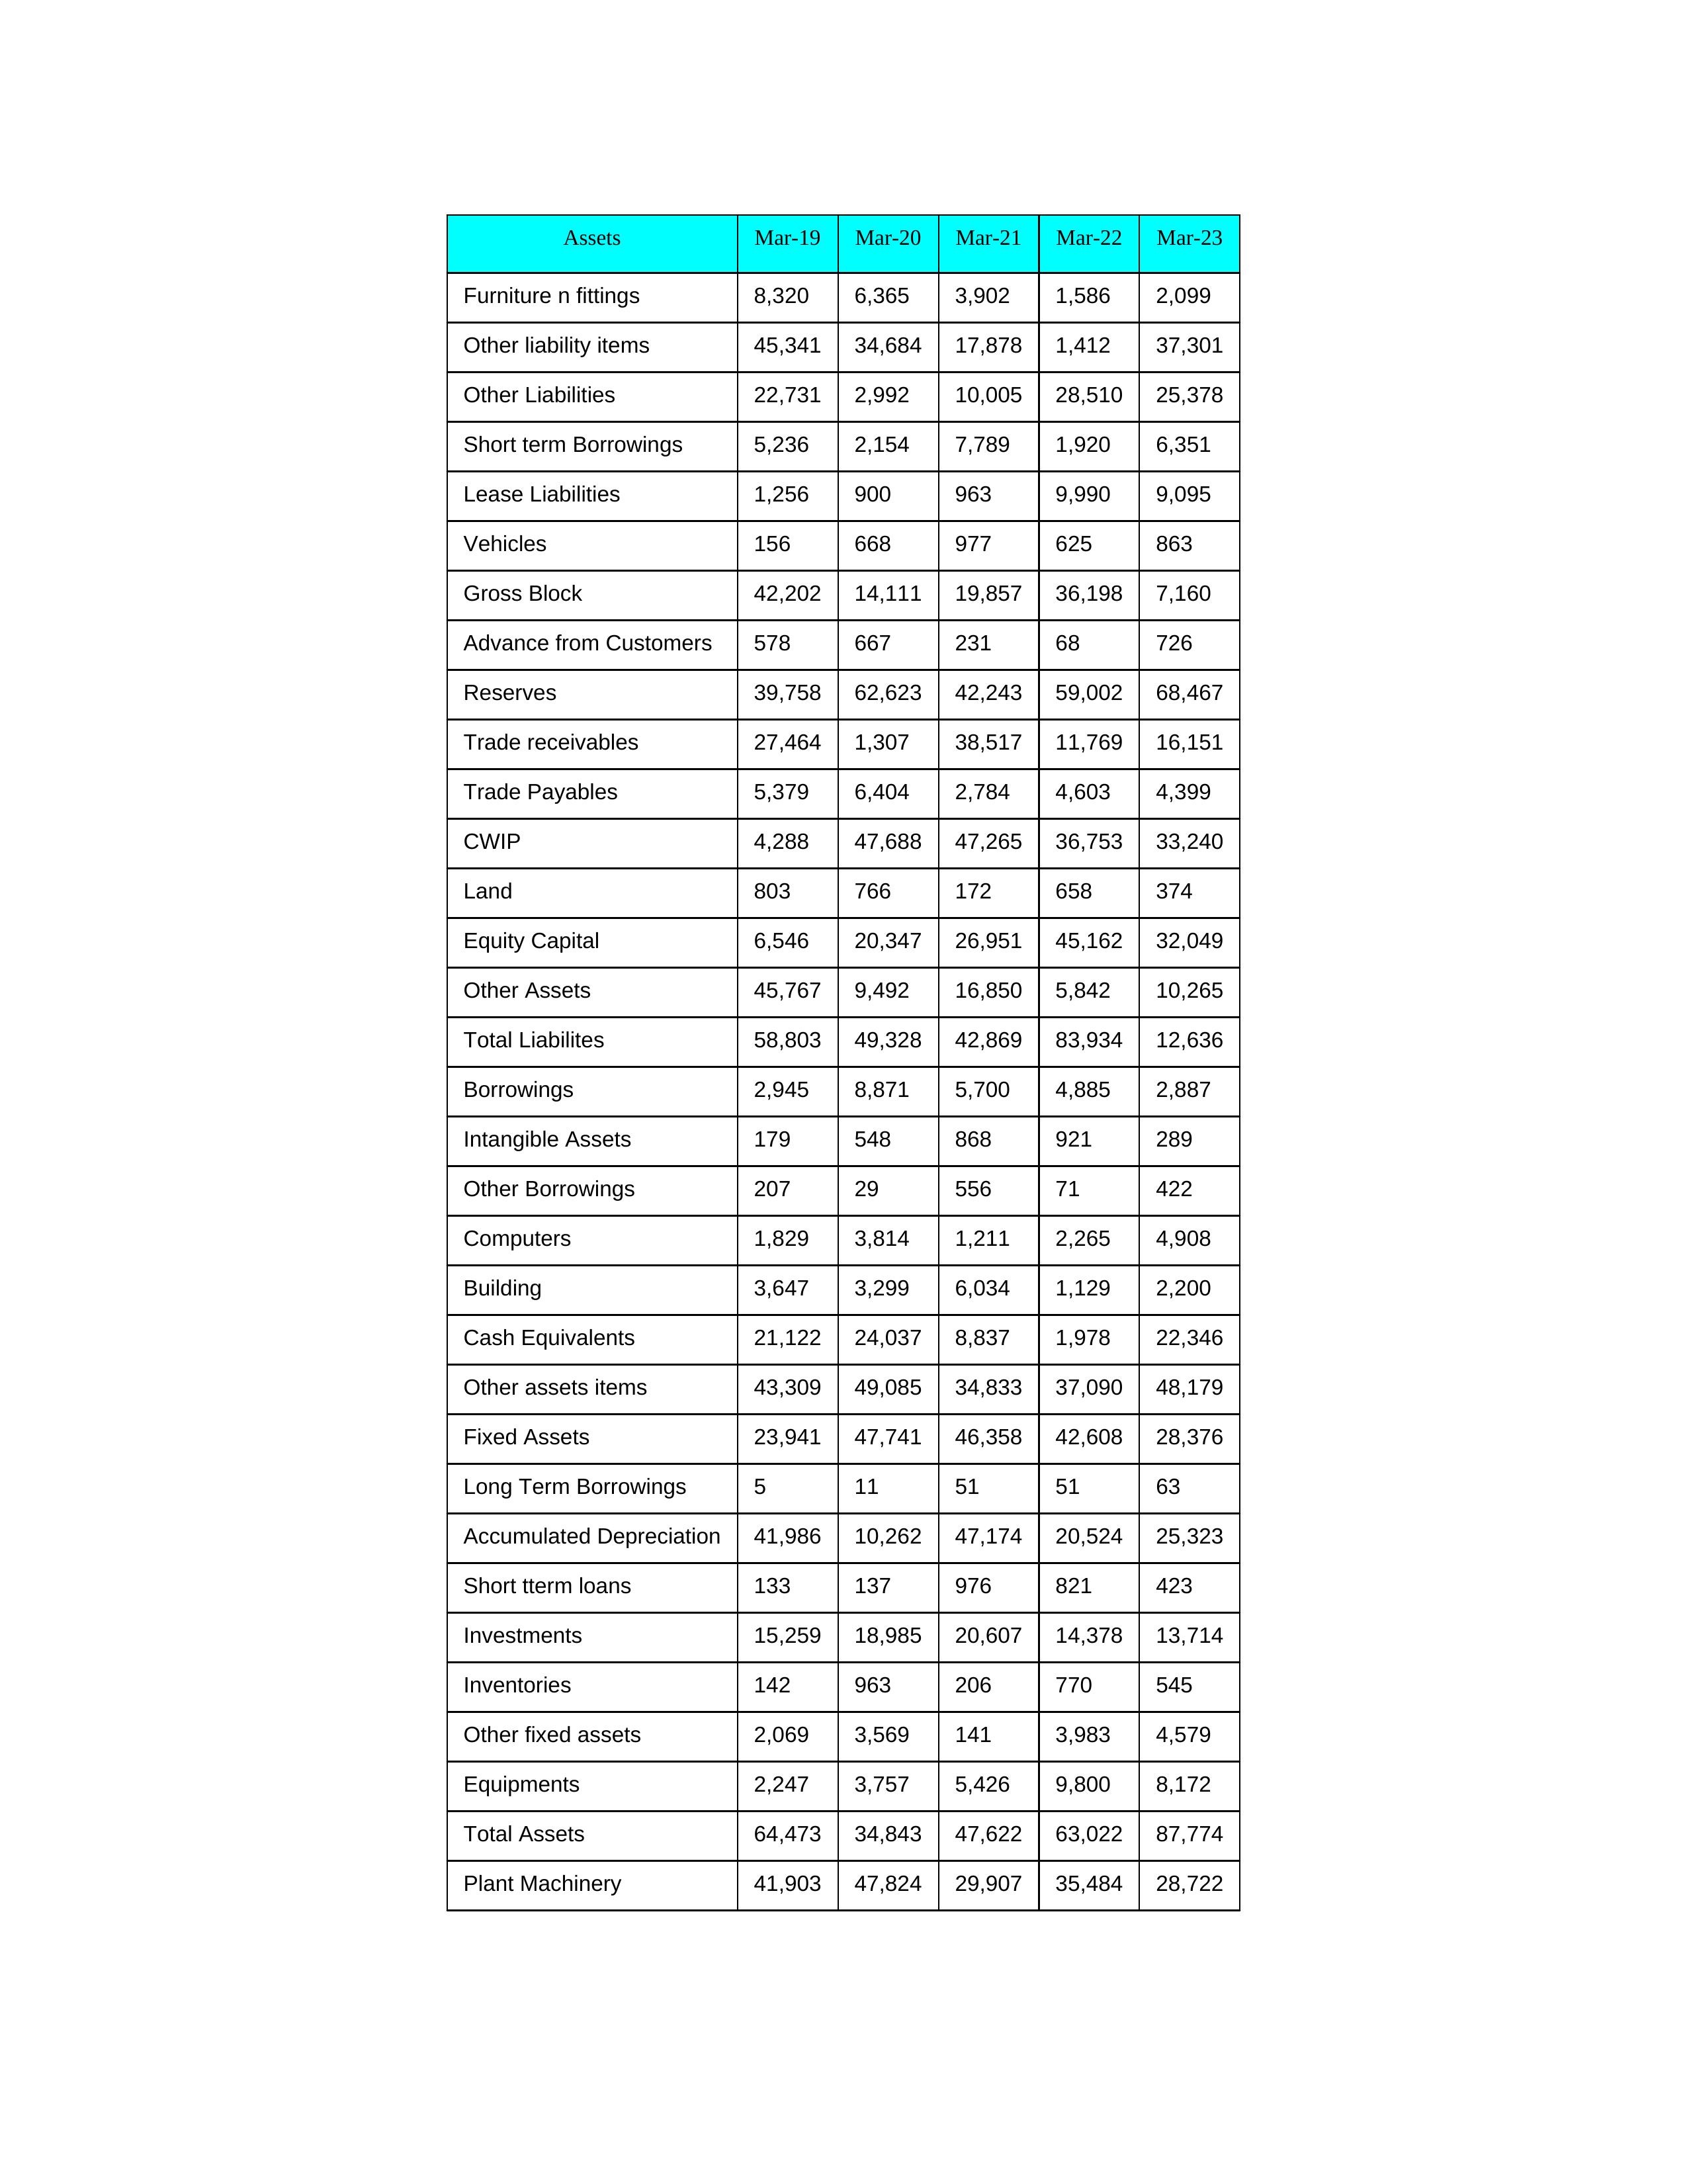
gt_parse: Mar-19: Equity Capital: 6,546
Reserves: 39,758
Borrowings: 2,945
Long Term Borrowings: 5
Short term Borrowings: 5,236
Lease Liabilities: 1,256
Other Borrowings: 207
Other Liabilities: 22,731
Trade Payables: 5,379
Advance from Customers: 578
Other liability items: 45,341
Total Liabilites: 58,803
Fixed Assets: 23,941
Land: 803
Building: 3,647
Plant Machinery: 41,903
Equipments: 2,247
Computers: 1,829
Furniture n fittings: 8,320
Vehicles: 156
Intangible Assets: 179
Other fixed assets: 2,069
Gross Block: 42,202
Accumulated Depreciation: 41,986
CWIP: 4,288
Investments: 15,259
Other Assets: 45,767
Inventories: 142
Trade receivables: 27,464
Cash Equivalents: 21,122
Short tterm loans: 133
Other assets items: 43,309
Total Assets: 64,473
Mar-20: Equity Capital: 20,347
Reserves: 62,623
Borrowings: 8,871
Long Term Borrowings: 11
Short term Borrowings: 2,154
Lease Liabilities: 900
Other Borrowings: 29
Other Liabilities: 2,992
Trade Payables: 6,404
Advance from Customers: 667
Other liability items: 34,684
Total Liabilites: 49,328
Fixed Assets: 47,741
Land: 766
Building: 3,299
Plant Machinery: 47,824
Equipments: 3,757
Computers: 3,814
Furniture n fittings: 6,365
Vehicles: 668
Intangible Assets: 548
Other fixed assets: 3,569
Gross Block: 14,111
Accumulated Depreciation: 10,262
CWIP: 47,688
Investments: 18,985
Other Assets: 9,492
Inventories: 963
Trade receivables: 1,307
Cash Equivalents: 24,037
Short tterm loans: 137
Other assets items: 49,085
Total Assets: 34,843
Mar-21: Equity Capital: 26,951
Reserves: 42,243
Borrowings: 5,700
Long Term Borrowings: 51
Short term Borrowings: 7,789
Lease Liabilities: 963
Other Borrowings: 556
Other Liabilities: 10,005
Trade Payables: 2,784
Advance from Customers: 231
Other liability items: 17,878
Total Liabilites: 42,869
Fixed Assets: 46,358
Land: 172
Building: 6,034
Plant Machinery: 29,907
Equipments: 5,426
Computers: 1,211
Furniture n fittings: 3,902
Vehicles: 977
Intangible Assets: 868
Other fixed assets: 141
Gross Block: 19,857
Accumulated Depreciation: 47,174
CWIP: 47,265
Investments: 20,607
Other Assets: 16,850
Inventories: 206
Trade receivables: 38,517
Cash Equivalents: 8,837
Short tterm loans: 976
Other assets items: 34,833
Total Assets: 47,622
Mar-22: Equity Capital: 45,162
Reserves: 59,002
Borrowings: 4,885
Long Term Borrowings: 51
Short term Borrowings: 1,920
Lease Liabilities: 9,990
Other Borrowings: 71
Other Liabilities: 28,510
Trade Payables: 4,603
Advance from Customers: 68
Other liability items: 1,412
Total Liabilites: 83,934
Fixed Assets: 42,608
Land: 658
Building: 1,129
Plant Machinery: 35,484
Equipments: 9,800
Computers: 2,265
Furniture n fittings: 1,586
Vehicles: 625
Intangible Assets: 921
Other fixed assets: 3,983
Gross Block: 36,198
Accumulated Depreciation: 20,524
CWIP: 36,753
Investments: 14,378
Other Assets: 5,842
Inventories: 770
Trade receivables: 11,769
Cash Equivalents: 1,978
Short tterm loans: 821
Other assets items: 37,090
Total Assets: 63,022
Mar-23: Equity Capital: 32,049
Reserves: 68,467
Borrowings: 2,887
Long Term Borrowings: 63
Short term Borrowings: 6,351
Lease Liabilities: 9,095
Other Borrowings: 422
Other Liabilities: 25,378
Trade Payables: 4,399
Advance from Customers: 726
Other liability items: 37,301
Total Liabilites: 12,636
Fixed Assets: 28,376
Land: 374
Building: 2,200
Plant Machinery: 28,722
Equipments: 8,172
Computers: 4,908
Furniture n fittings: 2,099
Vehicles: 863
Intangible Assets: 289
Other fixed assets: 4,579
Gross Block: 7,160
Accumulated Depreciation: 25,323
CWIP: 33,240
Investments: 13,714
Other Assets: 10,265
Inventories: 545
Trade receivables: 16,151
Cash Equivalents: 22,346
Short tterm loans: 423
Other assets items: 48,179
Total Assets: 87,774